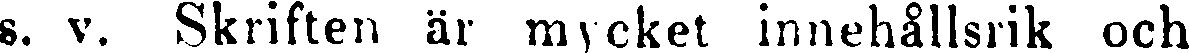
s. v. Skriften är mycket innehållsrik och